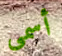
أسمى